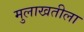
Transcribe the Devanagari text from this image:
मुलाखतीला